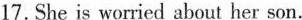
17.She is worried about her son.